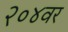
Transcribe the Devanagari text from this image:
२०४वर